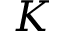
K